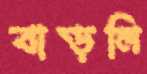
বাড়লি